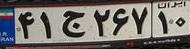
۴۱ج۲۶۷۱۰